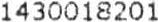
1430018201